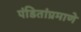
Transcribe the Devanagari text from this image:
पंडितांप्रमाणे